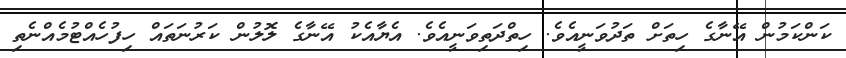
ކަންކަމުން އޭނާގެ ހިތަށް ތަދުވަނީއެވެ. ހިތްދަތިވަނީއެވެ. އެޔާއެކު އޭނާގެ ލޮލުން ކަރުނަތައް ހިފުހެއްޓުމެއްނެތި